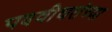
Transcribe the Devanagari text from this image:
पदवीधरांच्या